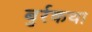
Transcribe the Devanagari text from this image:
बुर्रकथा